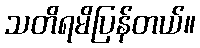
သတိရမိပြန်တယ်။